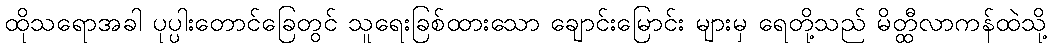
ထိုသရောအခါ ပုပ္ပါးတောင်ခြေတွင် သူရေးခြစ်ထားသော ချောင်းမြောင်း များမှ ရေတို့သည် မိတ္ထီလာကန်ထဲသို့